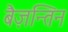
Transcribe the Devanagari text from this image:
बैज़न्तिन